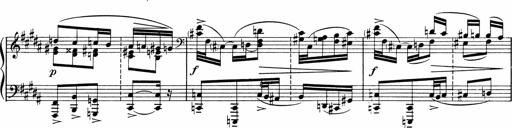
Title: Sonatine pour piano
Composer: Albert Roussel